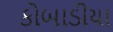
કોબાડીયા